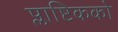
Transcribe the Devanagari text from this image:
प्लाष्टिकको